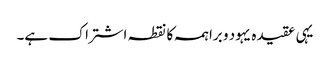
یہی عقیدہ یہود و براہمہ کا نقطہ اشتراک ہے۔